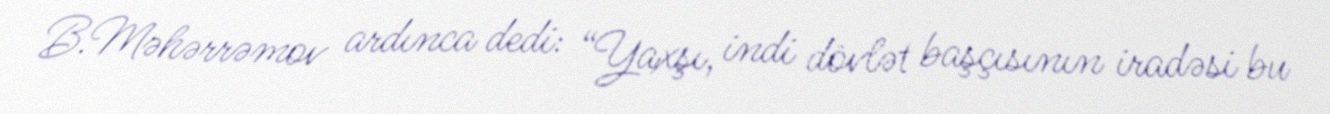
B.Məhərrəmov ardınca dedi: “Yaxşı, indi dövlət başçısının iradəsi bu